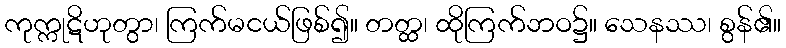
ကုက္ကုဋိဟုတွာ၊ ကြက်မငယ်ဖြစ်၍။ တတ္ထ၊ ထိုကြက်ဘဝ၌။ သေနဿ၊ စွန်၏။